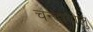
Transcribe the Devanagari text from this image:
चन्दावोलु